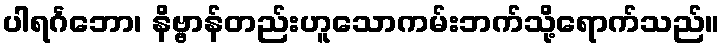
ပါရင်္ဂဘော၊ နိဗ္ဗာန်တည်းဟူသောကမ်းဘက်သို့ရောက်သည်။